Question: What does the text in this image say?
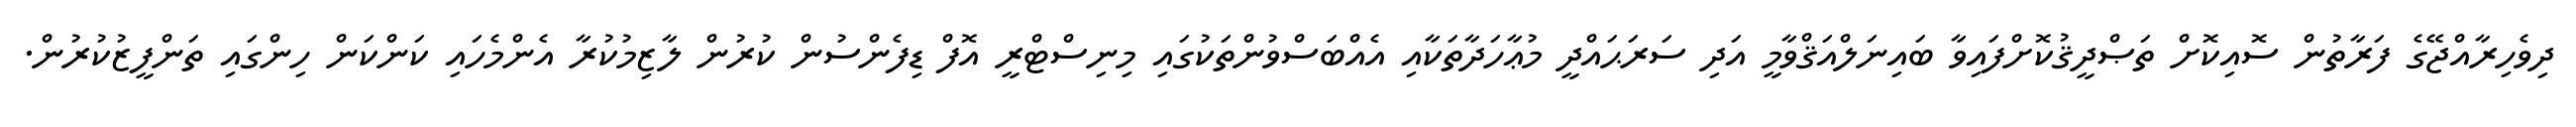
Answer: ދިވެހިރާއްޖޭގެ ފަރާތުން ސޮއިކޮށް ތަޞްދީޤުކޮށްފައިވާ ބައިނަލްއަޤްވާމީ އަދި ސަރަޙައްދީ މުޢާހަދާތަކާއި އެއްބަސްވުންތަކުގައި މިނިސްޓްރީ އޮފް ޑިފެންސުން ކުރުން ލާޒިމުކުރާ އެންމެހައި ކަންކަން ހިންގައި ތަންފީޒުކުރުން.